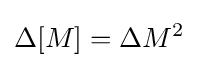
\Delta [M]=\Delta M^{2}